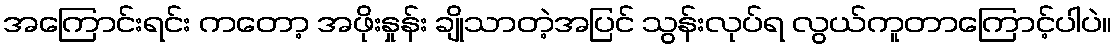
အကြောင်းရင်း ကတော့ အဖိုးနှုန်း ချိုသာတဲ့အပြင် သွန်းလုပ်ရ လွယ်ကူတာကြောင့်ပါပဲ။